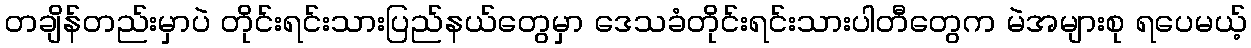
တချိန်တည်းမှာပဲ တိုင်းရင်းသားပြည်နယ်တွေမှာ ဒေသခံတိုင်းရင်းသားပါတီတွေက မဲအများစု ရပေမယ့်